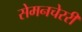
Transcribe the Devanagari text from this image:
सेमनचेररी